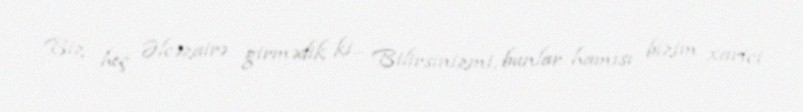
Biz heç Əlcəzairə girmədik ki... Bilirsinizmi, bunlar hamısı bizim xarici